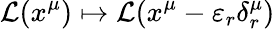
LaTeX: {\mathcal{L}}(x^{\mu})\mapsto{\mathcal{L}}(x^{\mu}-\varepsilon_{r}\delta_{r}^{\mu})